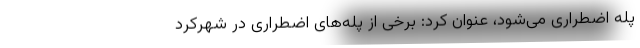
پله اضطراری می‌شود، عنوان کرد: برخی از پله‌های اضطراری در شهرکرد